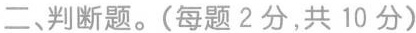
二、判断题。(每题2分，共10分)